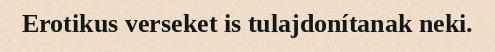
Erotikus verseket is tulajdonítanak neki.